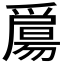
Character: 𤔰